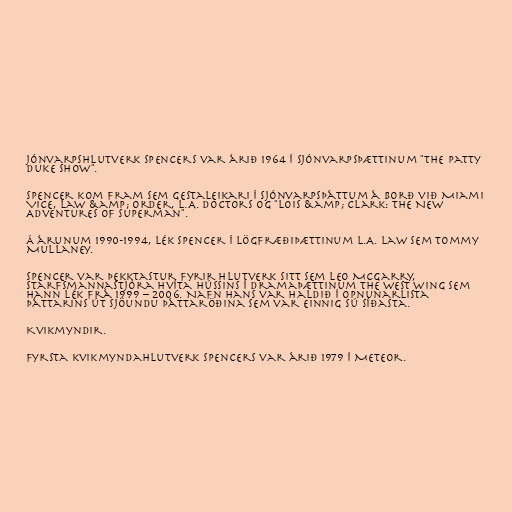
jónvarpshlutverk Spencers var árið 1964 í sjónvarpsþættinum "The Patty
Duke Show".

Spencer kom fram sem gestaleikari í sjónvarpsþáttum á borð við Miami
Vice, Law &amp; Order, L.A. Doctors og "Lois &amp; Clark: The New
Adventures of Superman".

Á árunum 1990-1994, lék Spencer í lögfræðiþættinum L.A. Law sem Tommy
Mullaney.

Spencer var þekktastur fyrir hlutverk sitt sem Leo McGarry,
starfsmannastjóra Hvíta hússins í dramaþættinum The West Wing sem
hann lék frá 1999 – 2006. Nafn hans var haldið í opnunarlista
þáttarins út sjöundu þáttaröðina sem var einnig sú síðasta.

Kvikmyndir.

Fyrsta kvikmyndahlutverk Spencers var árið 1979 í Meteor.